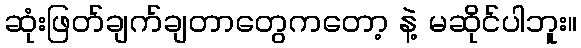
ဆုံးဖြတ်ချက်ချတာတွေကတော့ နဲ့ မဆိုင်ပါဘူး။